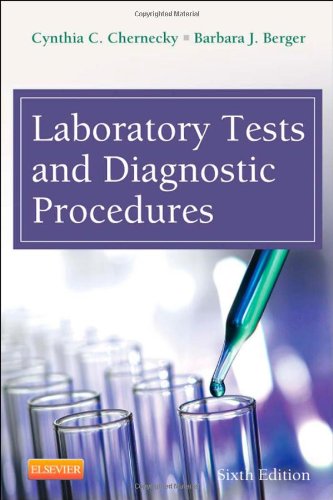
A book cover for Laboratory Tests and Diagnostic Procedures, 6e; Cynthia C. Chernecky PhD  RN  CNS  AOCN  FAAN; Medical Books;